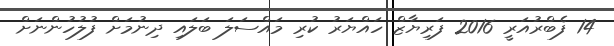
14 ފެބްރުއަރީ 2016 ފަރިޔާޒް ހައްޔަރު ކުރި މައްސަލަ ބަލައި ދިނުމަށް ފުލުހުންނަށް